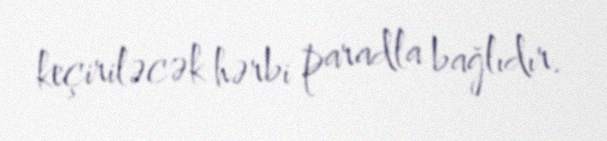
keçiriləcək hərbi paradla bağlıdır.